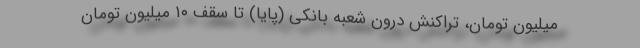
میلیون تومان، تراکنش درون شعبه بانکی (پایا) تا سقف ۱۰ میلیون تومان